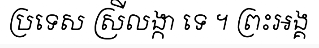
ប្រទេស ស្រីលង្កា ទេ ។ ព្រះអង្គ